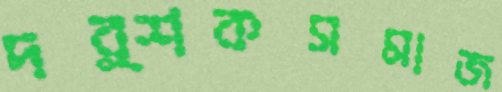
দর্শকসমাজ